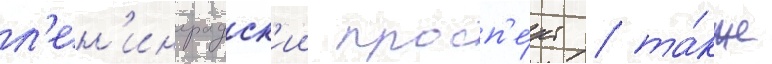
л'ен'инградск'ии просп'е́кт / та́кже